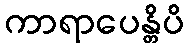
ကာရာပေန္တိပိ